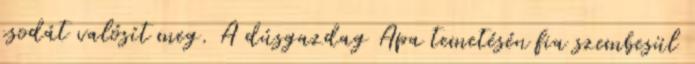
csodát valósít meg. A dúsgazdag Apa temetésén fia szembesül